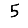
Digit: 5